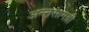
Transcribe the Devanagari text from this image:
अन्नसामग्री